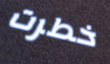
خطرت